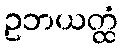
ဥဘယတ္ထံ